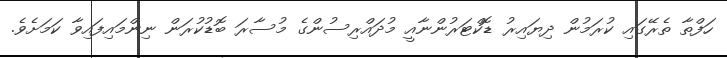
ހަފްތާ ތެރޭގައި ކުރަމުން ދިޔައިރު ޑޮކްޓަރުންނާއީ މުދައްރިސުންގެ މުސާރަ ބޮޑުކުރަން ނިންމައިފައިވާ ކަމަށެވެ.